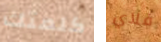
كلمتك فلاي